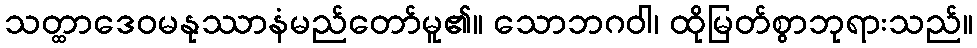
သတ္ထာဒေဝမနုဿာနံမည်တော်မူ၏။ သောဘဂဝါ၊ ထိုမြတ်စွာဘုရားသည်။